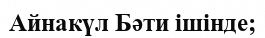
Айнакүл Бәти ішінде;